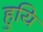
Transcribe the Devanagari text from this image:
हुयि